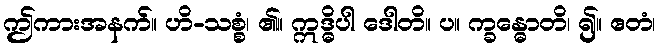
ဤကားအနက်။ ဟိ-သစ္စံ၊ ၏။ ဣဒ္ဓိပါ ဒေါတိ။ ပ။ က္ခန္ဓောတိ၊ ၍။ ဧတံ၊